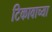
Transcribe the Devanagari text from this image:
टिकावाच्या